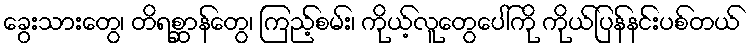
ခွေးသားတွေ၊ တိရစ္ဆာန်တွေ၊ ကြည့်စမ်း၊ ကိုယ့်လူတွေပေါ်ကို ကိုယ်ပြန်နင်းပစ်တယ်